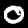
Digit: 0